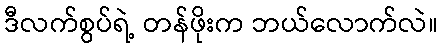
ဒီလက်စွပ်ရဲ့ တန်ဖိုးက ဘယ်လောက်လဲ။